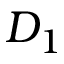
D _ { 1 }